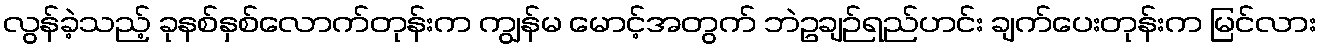
လွန်ခဲ့သည့် ခုနစ်နှစ်လောက်တုန်းက ကျွန်မ မောင့်အတွက် ဘဲဥချဉ်ရည်ဟင်း ချက်ပေးတုန်းက မြင်လား